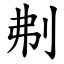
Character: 刜